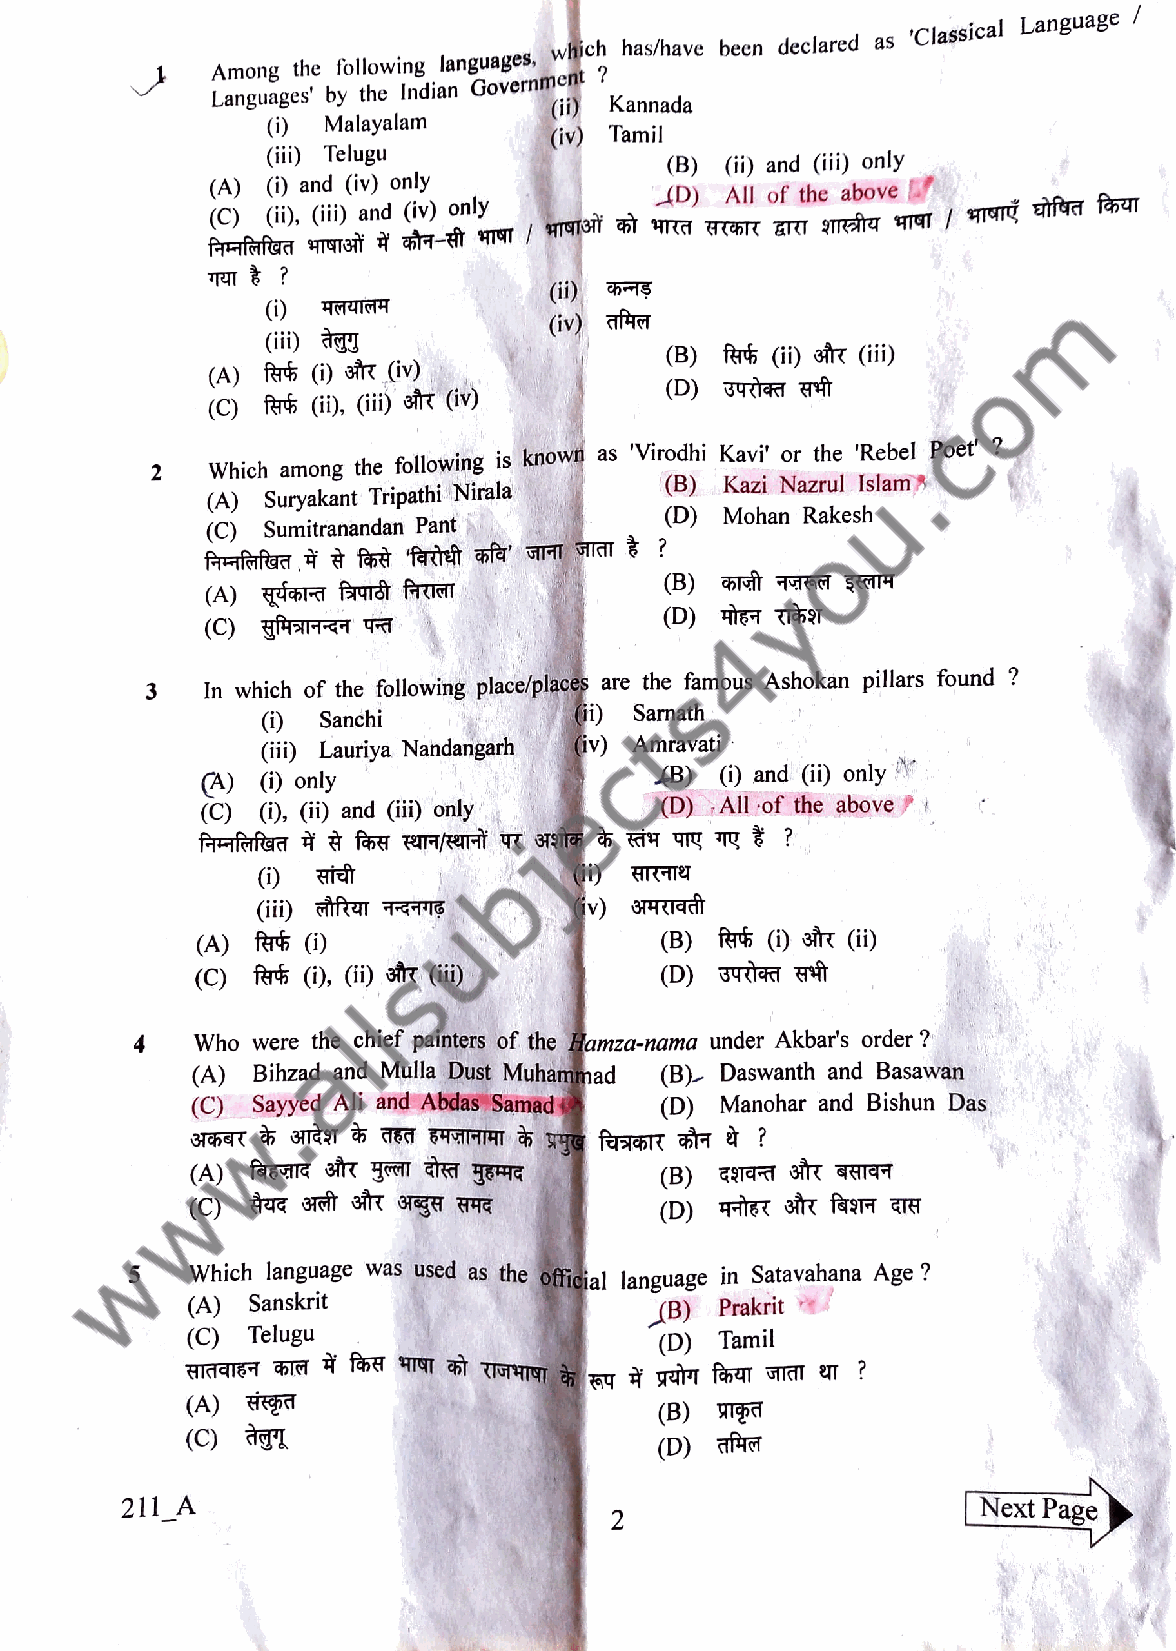
Language
 'Classical
 whch has/have been declared as
 Among the following languages, ?
 Government
 Languages' by the Indian (ii) Kannada
 )  Malayalam
 (iv) Tamil
 (ii) Telugu
 (B) (ii) and (ii) only
 (i) and (iv) only
 (A)                          AD)  All of the above
 (C) (i), (ii) and (iv) only
 TT?
 )
 (iv)a
 (ii)
 (B) farh (ii) sir (ii)
 (A) fr (i) sr (iv)|
 (C) frs (Gi),. (ii) st (iv)
 2   Which among the following is known as Virodhi Kavi' or the 'Rebel Poet' ?
 (B) Kazi Nazrul Islam
 (A) Suryakant Tripathi Nirala
 (D) Mohan Rakesh
 (C) Sumitranandan Pant
 (B)
 (A) rT  fAue T
 (D) Hts TRT
 (C)
 3  In which of the following place/places are the famous Ashokan pillars found ?
 i)   Sarnath
 )   Sanchi
 (iii) Lauriya Nandangarh iv) Amravati
 B)   () and (i) only
 (A) (i) only
 (C)(), (i) and (ii) only       (D) All of the above
 i)
 (iii) aiAT T         iv)4TdT
 (A) fars ()                    (B) far ) str (ii)
 (C) ft (i), (i) st (il)        (D) T    T
 Who were the chief painters of the Hamza-nama under Akbar's order?
 (A) Bihzad and Mulla Dust Muhammad (B) Daswanth and Basawan
 (C) Sayyed Ali and Abdas Samad (D) Manohar and Bishun Das
 (A)                            (B) T   TT TAT
 (C)
 Which language was used as the oficial language in Satavahana Age?
 (A) Sanskrit                   B)  Prakrit
 C)  Telugu                      (D) Tamil
 (A) p
 (B)
 (C)                             (D) aHT
 211_A                                                   Next Page
 2